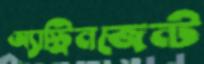
অ্যাস্ট্রিনজেন্ট